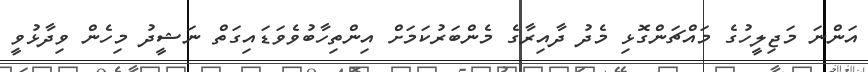
އަންނަ މަޖިލީހުގެ މައްޗަންގޮޅި މެދު ދާއިރާގެ މެންބަރުކަމަށް އިންތިހާބުވެވަޑައިގަތް ނަޝީދު މިހެން ވިދާޅުވީ